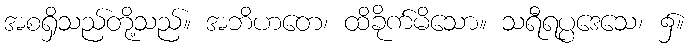
အစရှိသည်တို့သည်။ အဘိဟတေ၊ ထိခိုက်မိသော။ သရီရပ္ပဒေသေ၊ ၌။